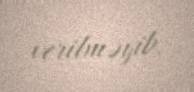
verilməyib.